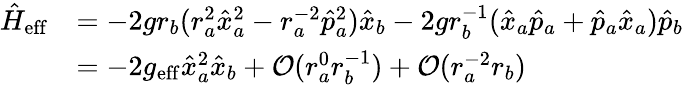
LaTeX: \begin{array}{rl}{\hat{H}_{\mathrm{eff}}}&{=-2gr_{b}(r_{a}^{2}\hat{x}_{a}^{2}-r_{a}^{-2}\hat{p}_{a}^{2})\hat{x}_{b}-2gr_{b}^{-1}(\hat{x}_{a}\hat{p}_{a}+\hat{p}_{a}\hat{x}_{a})\hat{p}_{b}}\\ &{=-2g_{\mathrm{eff}}\hat{x}_{a}^{2}\hat{x}_{b}+\mathcal{O}(r_{a}^{0}r_{b}^{-1})+\mathcal{O}(r_{a}^{-2}r_{b})}\end{array}